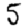
Digit: 5